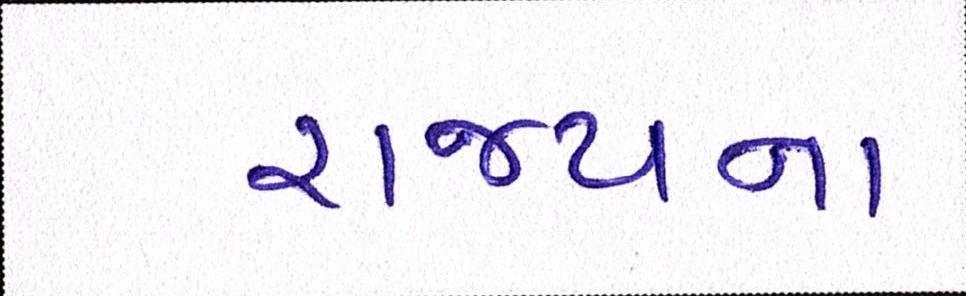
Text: રાજ્યના